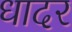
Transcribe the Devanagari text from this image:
धादर